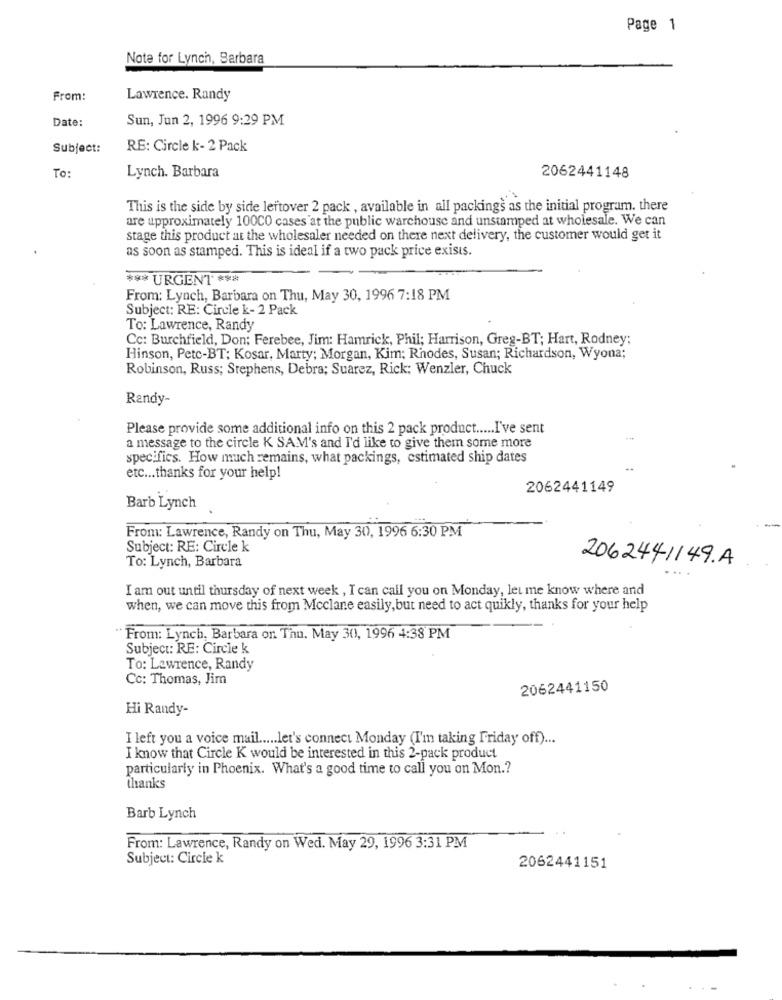
Page 1
Note for Lynch, Barbara
From:
Lawrence. Randy
Date:
Sun, Jun 2, 1996 9:29 PM
Subject:
RE: Circle k- 2 Pack
To:
Lynch. Barbara
2062441148
This is the side by side leftover 2 pack , available in all packings as the initial program. there
are approximately 100CO cases at the public warchouse and unstamped at wholesale. We can
stage this product at the wholesaler needed on there next delivery, the customer would get it
as soon as stamped. This is ideal if a two pack price exists.
*** URGENT ***
From: Lynch, Barbara on Thu, May 30, 1996 7:18 PM
Subject: RE: Circle k- 2 Pack
To: Lawrence, Randy
Cc: Burchfield, Don; Ferebee, Jim: Hamrick, Phil; Harrison, Greg-BT; Hart, Rodney;
Hinson, Pete-BT; Kosar, Marty; Morgan, Kim; Rhodes, Susan; Richardson, Wyona;
Robinson, Russ; Stephens, Debra; Suarez, Rick: Wenzler, Chuck
Randy-
Please provide some additional info on this 2 pack product ..... I've sent
a message to the circle K SAM's and I'd like to give them some more
specifics. How much remains, what packings, estimated ship dates
etc ... thanks for your help!
2062441149
Barb Lynch
-
From: Lawrence, Randy on Thu, May 30, 1996 6:30 PM
Subject: RE: Circle k
To: Lynch, Barbara
2062441149.A
I am out until thursday of next week , I can call you on Monday, let me know where and
when, we can move this from Mcclane easily, but need to act quikly, thanks for your help
" From: Lynch, Barbara or. Thu. May 30, 1996 4:38 PM
Subject: RE: Circle k
To: Lawrence, Randy
Cc: Thomas, Jim
2062441150
Hi Randy-
I left you a voice mail ..... let's connect Monday (I'm taking Friday off) ...
I know that Circle K would be interested in this 2-pack product
particularly in Phoenix. What's a good time to call you on Mon .?
thanks
Barb Lynch
From: Lawrence, Randy on Wed. May 29, 1996 3:31 PM
Subject: Circle k
2062441151